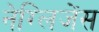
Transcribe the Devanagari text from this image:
नेग्लिजेंस